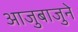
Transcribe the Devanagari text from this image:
आजुबाजुने